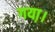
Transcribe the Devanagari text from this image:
गया़।